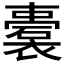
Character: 𲁃